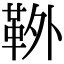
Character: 𩊃